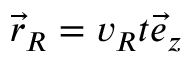
\vec { r } _ { R } = v _ { R } t \vec { e } _ { z }